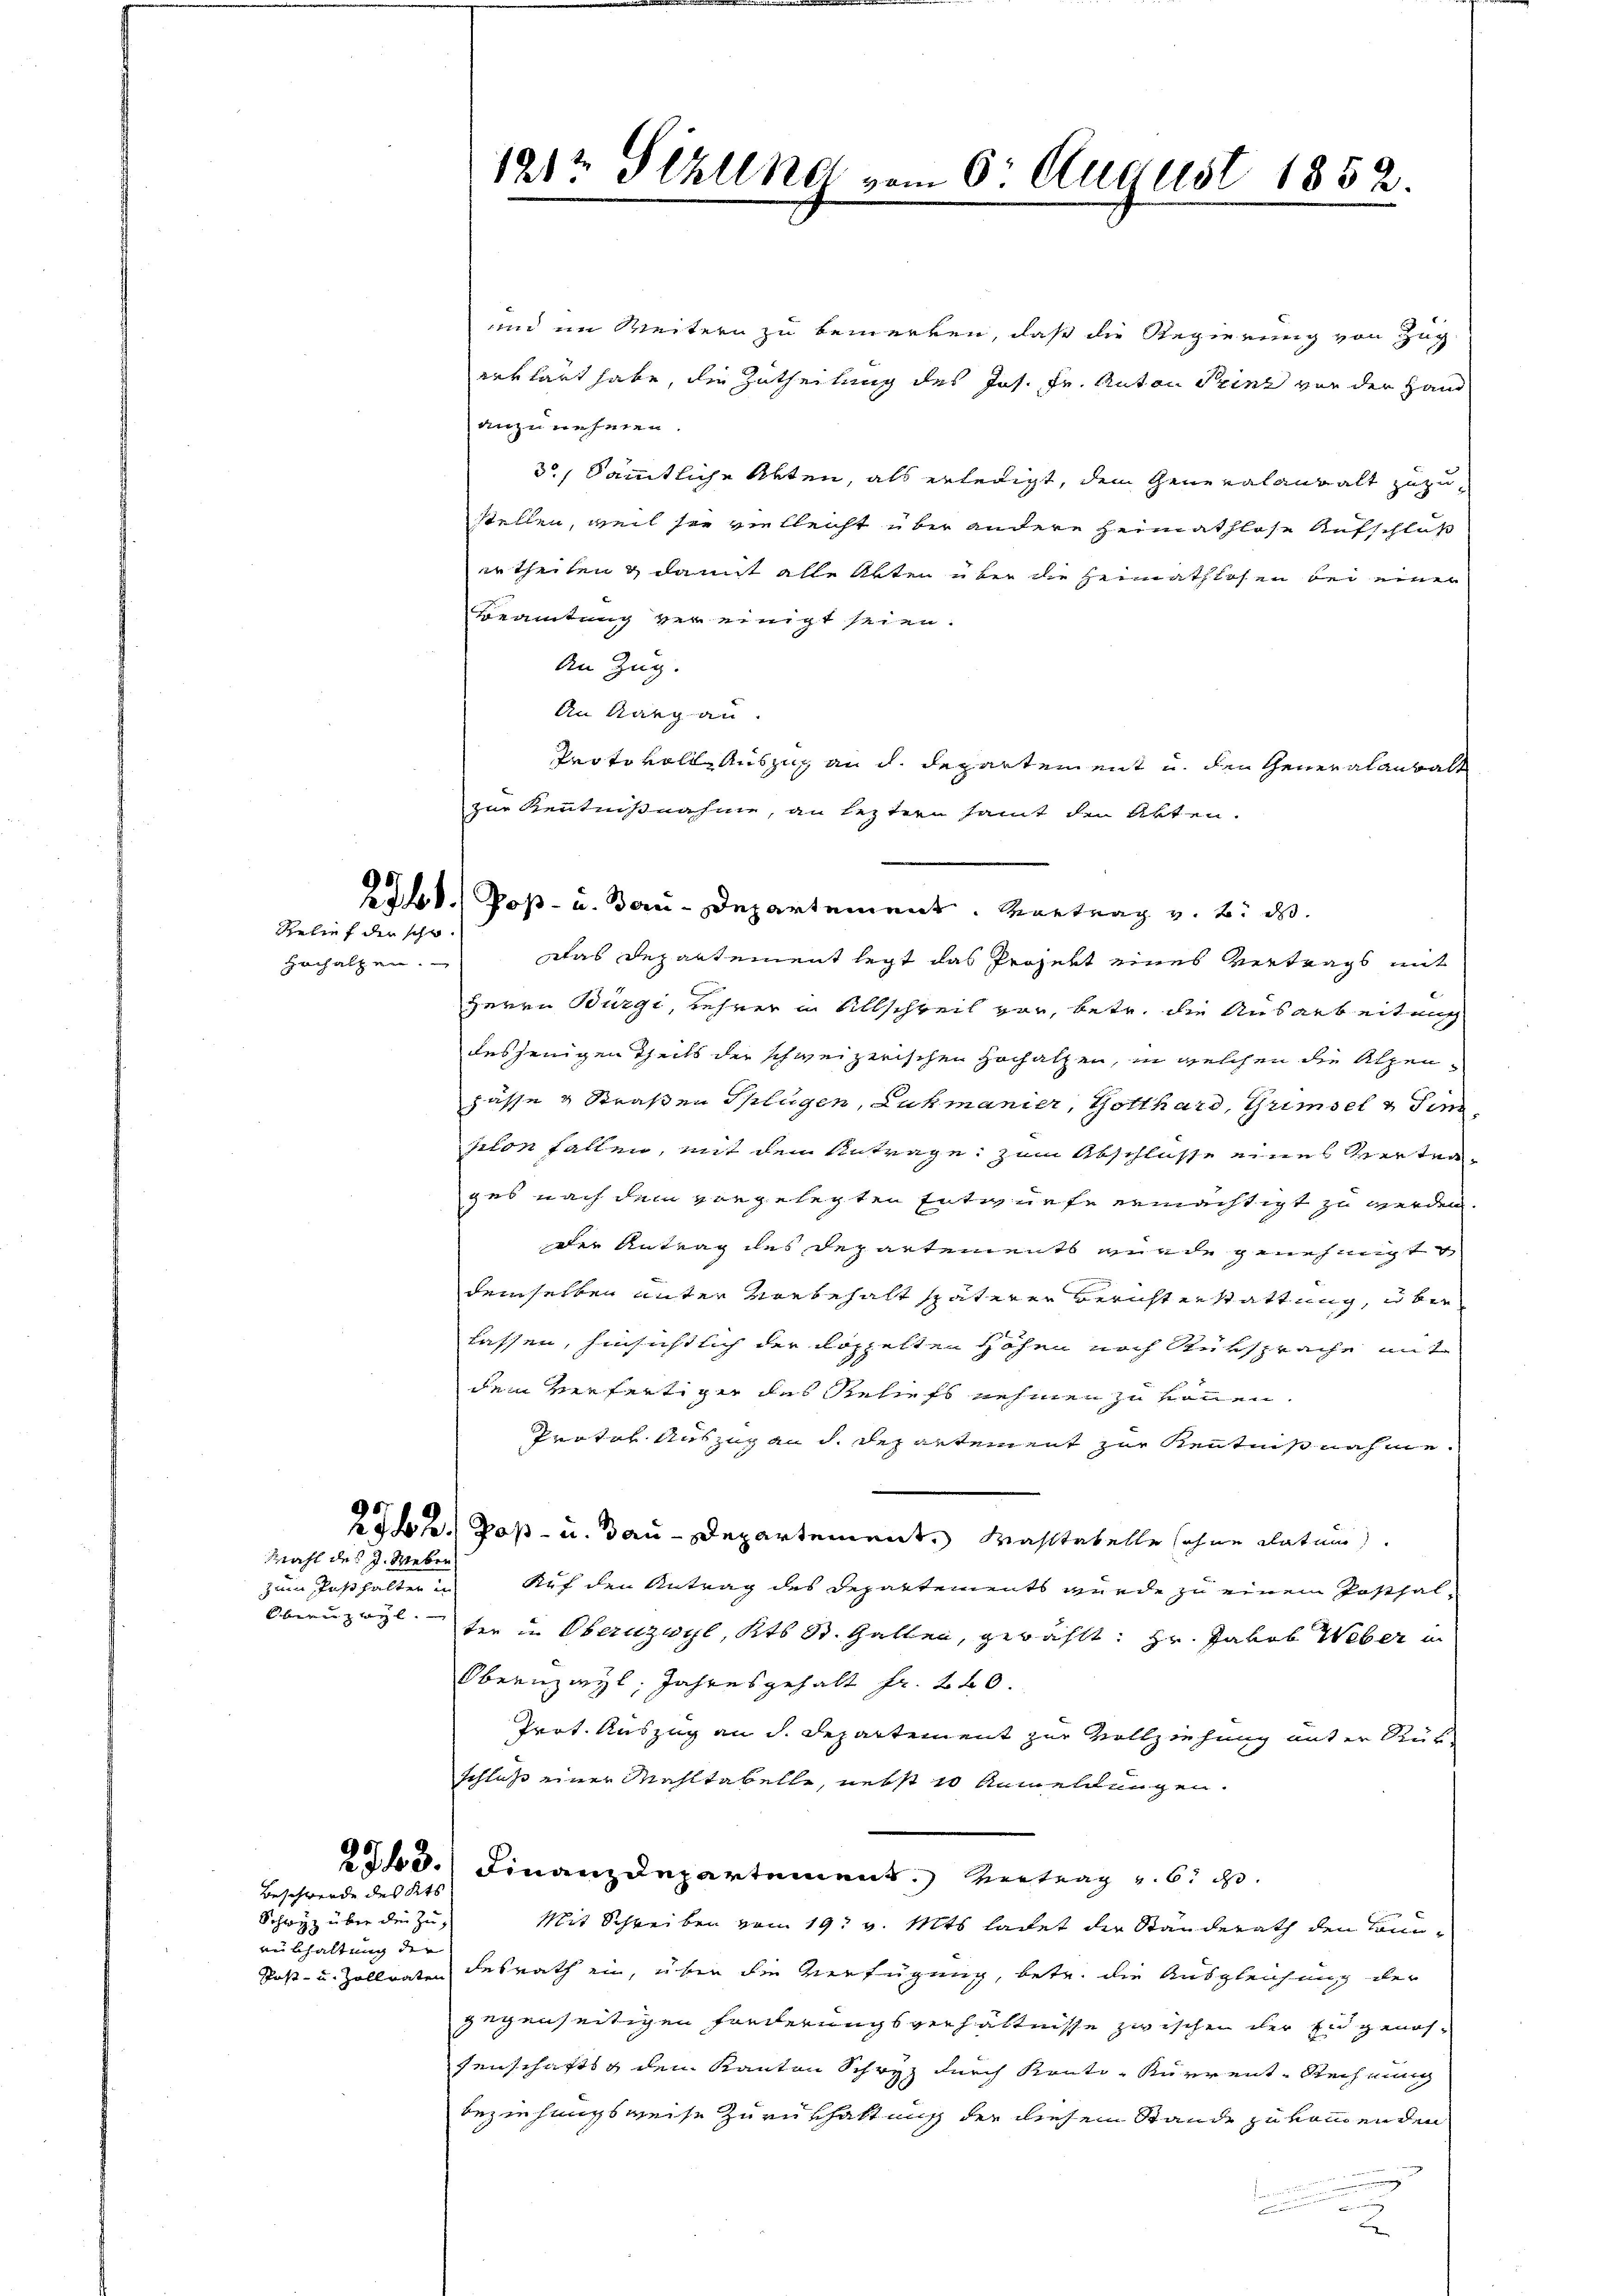
Relief die scho

Krahl des J. Weber

Oberenz weyl

Beschwerde des Kts.
Schwyz über die Zu¬
Lebhaltung der |

und im Weitern zu bemerken, daß die Regierung von Zug
verhärt habe, die Zutheilung des Jos. Fr. Anton Prinz von der Hand
anzunehmen.
3.) Sämmtliche Akten, als erledigt, dem Generalanwalt zuzustellen, weil sie vielleicht über andere Heimathlose Aufschluß
en theilen & damit alle Akten über die Heimathlosen bei einer
Beamtung vereinigt seien.
An Zug.
An Aargau
Protokoll Auszug an d. Departement u. den Generalanwalt
zur Kenntnißnahme, an leztern samt den Akten.
Ldb. Post- u. Bau-Departement. Vortrag v. 8. d.
Hochalpen. - Das Departement legt das Projekt eines Vertrags mit
Herrn Bürgi, Lehrer in Allschweil vor, betr. die Ausarbeitung
desjenigen Theils der schweizerischen Hochatzen, in welchen die Alpenpässe & Straßen Splügen, Lukmanier, Gotthard, Grimsel & Sinn
selon fallen, mit dem Antrage, zum Abschlüsse eines Vertrages nach dem vorgelegten Entwurfe ermächtigt zu werden.
der Antrag des Departements wurde genehmigt
demselben unter Vorbehalt späterer Berichterstattung, über
lassen, hinsichtlich der doppelten Höhen nach Rüksprache mit
dem verfertiger des Reliefs nehmen zu können.
Protes Auszug an d. Departement zur Kenntniß nahme¬
25b. Post- u. Bau-Departement. Wahltabelle sehen datum
zum Posthalter in Auf den Antrag des Departements wurde zu einem Posthalter in Obernzayl, Kts St. Gallen, gewählt: Hr. Jakob Weber in
Obernzwyl, Jahresgehalt Fr. 240.
Prot. Auszug an d. Departement zur Vollziehung unter Rük
schluß einer Mahltabelle, nebst 10 Anmeldungen.
23.) Finanzdepartement. Vertrag und 6. d.
Mit Schreiben vom 19t v. Mts. ladet die Ständerath den Com¬
Post- u. Zollraten desrath ein, über die Verfügung, betr. die Ausgleichung der
gegenseitigen Forderungsverhältnisse zwischen der Engenossenschafts dem Kanton Schwyz durch Konti-Kurrent Rechnung
beziehungsweise Zurükhaltung der diesen Stande zukommenden
a

1212 Stzung vom 6. August 1852.